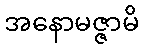
အနောမဇ္ဇာမိ